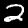
Digit: 2